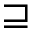
\sqsupseteq